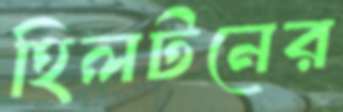
হিলটনের